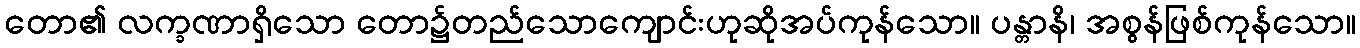
တော၏ လက္ခဏာရှိသော တော၌တည်သောကျောင်းဟုဆိုအပ်ကုန်သော။ ပန္တာနိ၊ အစွန်ဖြစ်ကုန်သော။